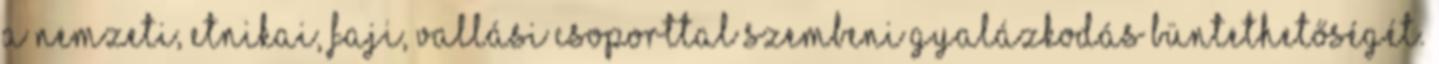
a nemzeti, etnikai, faji, vallási csoporttal szembeni gyalázkodás büntethetőségét.